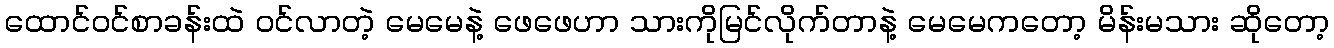
ထောင်ဝင်စာခန်းထဲ ဝင်လာတဲ့ မေမေနဲ့ ဖေဖေဟာ သားကိုမြင်လိုက်တာနဲ့ မေမေကတော့ မိန်းမသား ဆိုတော့